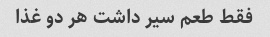
فقط طعم سیر داشت هر دو غذا